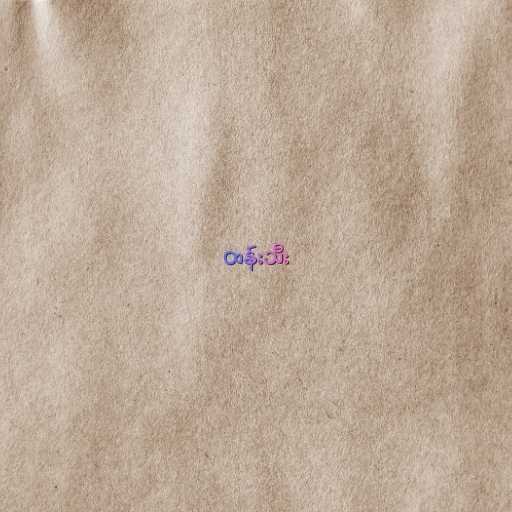
ထန်းသီး